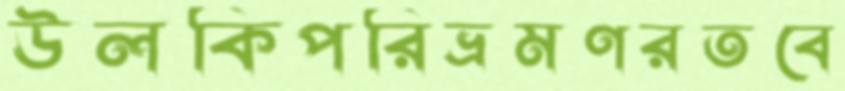
উলকিপরিভ্রমণরতবে